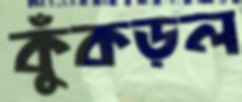
কুঁকড়ল